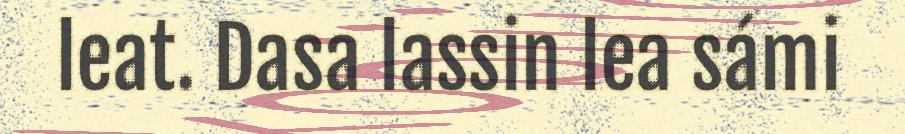
leat. Dasa lassin lea sámi